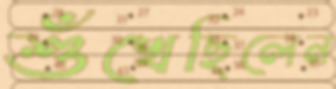
শুঁখেছিলেন